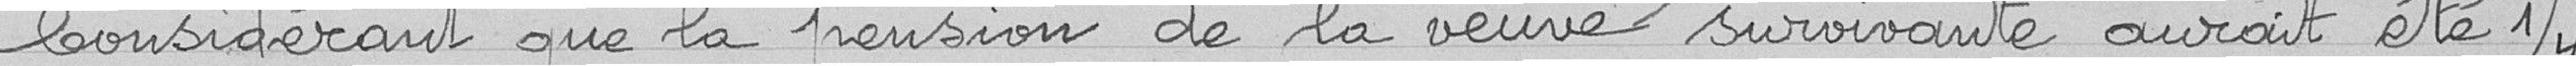
Considérant que al pension de la veuve survivante aurait été du 1/4